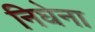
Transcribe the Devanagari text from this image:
निघेना